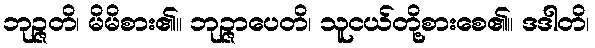
ဘုဉ္ဇတိ၊ မိမိစား၏။ ဘုဉ္ဇာပေတိ၊ သူငယ်တို့စားစေ၏။ ဒဒါတိ၊